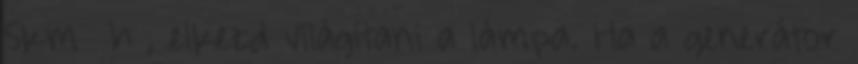
5km h , elkezd világítani a lámpa. Ha a generátor